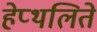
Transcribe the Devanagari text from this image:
हेप्थलिते